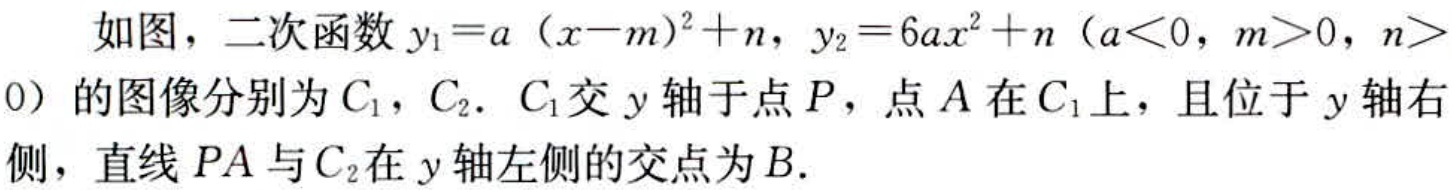
如图，二次函数\(y_{1}=a(x - m)^{2}+n\)，\(y_{2}=6ax^{2}+n\)（\(a<0\)，\(m>0\)，\(n>0\)）的图像分别为\(C_{1}\)，\(C_{2}\)．\(C_{1}\)交\(y\)轴于点\(P\)，点\(A\)在\(C_{1}\)上，且位于\(y\)轴右侧，直线\(PA\)与\(C_{2}\)在\(y\)轴左侧的交点为\(B\)．